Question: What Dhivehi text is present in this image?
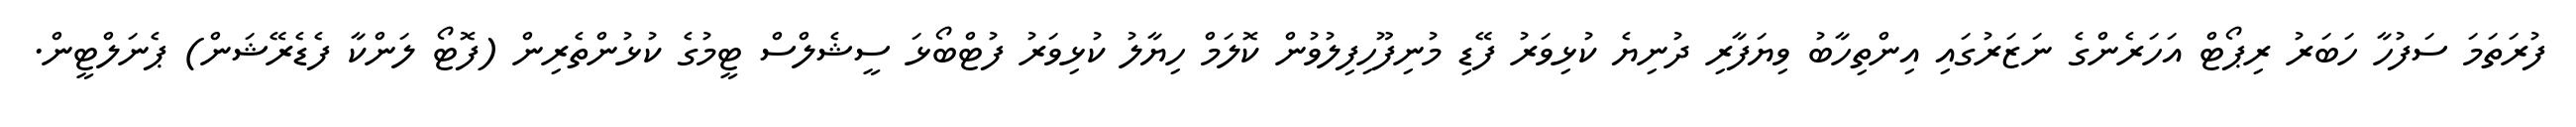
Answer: ފުރަތަމަ ސަފުހާ ހަބަރު ރިޕޯޓް އަހަރެންގެ ނަޒަރުގައި އިންތިހާބު ވިޔަފާރި ދުނިޔެ ކުޅިވަރު ފޭޑި މުނިފޫހިފިލުވުން ކޮލަމް ހިޔާލު ކުޅިވަރު ފުޓްބޯޅަ ސީޝެލްސް ޓީމުގެ ކުޅުންތެރިން (ފޮޓޯ ލަންކާ ފެޑެރޭޝަން) ޕެނަލްޓީން.